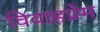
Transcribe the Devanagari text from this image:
विवाहप्रेम